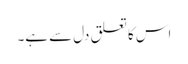
اس کا تعلق دل سے ہے۔